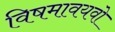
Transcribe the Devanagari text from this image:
विषमावयवो